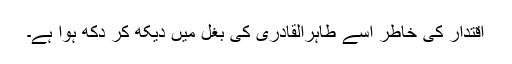
اقتدار کی خاطر اسے طاہرالقادری کی بغل میں دیکھ کر دُکھ ہوا ہے۔